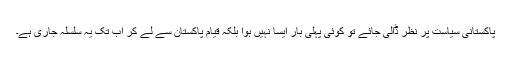
پاکستانی سیاست پر نظر ڈالی جائے تو کوئی پہلی بار ایسا نہیں ہوا بلکہ قیام پاکستان سے لے کر اب تک یہ سلسلہ جاری ہے۔